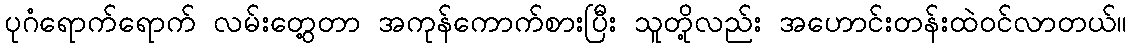
ပုဂံရောက်ရောက် လမ်းတွေ့တာ အကုန်ကောက်စားပြီး သူတို့လည်း အဟောင်းတန်းထဲဝင်လာတယ်။